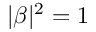
| \beta | ^ { 2 } = 1